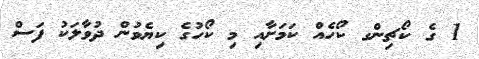
1 ގެ ކޯޗިންގ ކޯހެއް ކަމަށާއި މި ކޯހުގެ ކިޔެވުން ދުވާލަކު ފަސް